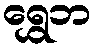
ရွှေဘ